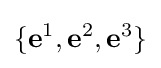
\{\mathbf {e} ^{1},\mathbf {e} ^{2},\mathbf {e} ^{3}\}